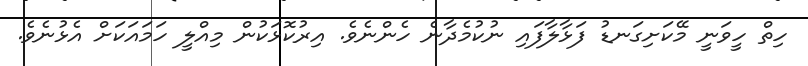
ހިތް ހީވަނީ މޭކަށިގަނޑު ފަޅާލާފައި ނުކުމެދާނެ ހެންނެވެ. އިރުކޮޅަކުން މިއްލީ ހަމައަކަށް އެޅުނެވެ.